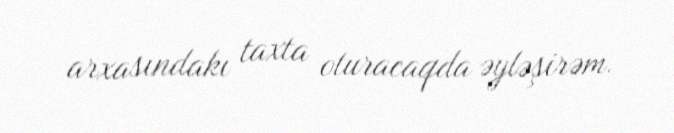
arxasındakı taxta oturacaqda əyləşirəm.